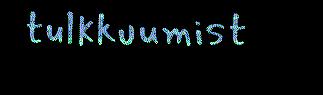
tulkkuumist